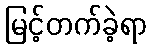
မြင့်တက်ခဲ့ရာ